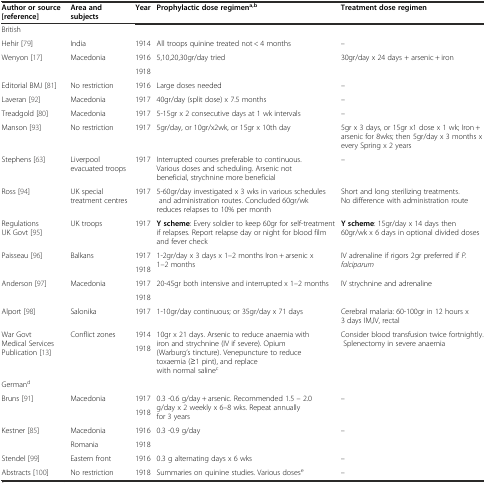
<table><thead><tr><td><b>Author or source [reference]</b></td><td><b>Area and subjects</b></td><td><b>Year</b></td><td><b>Prophylactic dose regimen<sup>a,b</sup></b></td><td><b>Treatment dose regimen</b></td></tr></thead><tbody><tr><td>British</td><td colspan="4"></td></tr><tr><td>Hehir [79]</td><td>India</td><td>1914</td><td>All troops quinine treated not &lt; 4 months</td><td>–</td></tr><tr><td rowspan="2">Wenyon [17]</td><td rowspan="2">Macedonia</td><td>1916</td><td rowspan="2">5,10,20,30gr/day tried</td><td rowspan="2">30gr/day x 24 days + arsenic + iron</td></tr><tr><td>1918</td></tr><tr><td>Editorial BMJ [81]</td><td>No restriction</td><td>1916</td><td>Large doses needed</td><td>–</td></tr><tr><td>Laveran [92]</td><td>Macedonia</td><td>1917</td><td>40gr/day (split dose) x 7.5 months</td><td>–</td></tr><tr><td>Treadgold [80]</td><td>Macedonia</td><td>1917</td><td>5-15gr x 2 consecutive days at 1 wk intervals</td><td>–</td></tr><tr><td>Manson [93]</td><td>No restriction</td><td>1917</td><td>5gr/day, or 10gr/x2wk, or 15gr x 10th day</td><td>5gr x 3 days, or 15gr x1 dose x 1 wk; Iron + arsenic for 8wks; then 5gr/day x 3 months x every Spring x 2 years</td></tr><tr><td>Stephens [63]</td><td>Liverpool evacuated troops</td><td>1917</td><td>Interrupted courses preferable to continuous. Various doses and scheduling. Arsenic not beneficial, strychnine more beneficial</td><td>–</td></tr><tr><td>Ross [94]</td><td>UK special treatment centres</td><td>1917</td><td>5-60gr/day investigated x 3 wks in various schedules and administration routes. Concluded 60gr/wk reduces relapses to 10% per month</td><td>Short and long sterilizing treatments. No difference with administration route</td></tr><tr><td>Regulations UK Govt [95]</td><td>UK troops</td><td>1917</td><td><b>Y scheme</b>: Every soldier to keep 60gr for self-treatment if relapses. Report relapse day or night for blood film and fever check</td><td><b>Y scheme</b>: 15gr/day x 14 days then 60gr/wk x 6 days in optional divided doses</td></tr><tr><td rowspan="2">Paisseau [96]</td><td rowspan="2">Balkans</td><td>1917</td><td rowspan="2">1-2gr/day x 3 days x 1–2 months Iron + arsenic x 1–2 months</td><td rowspan="2">IV adrenaline if rigors 2gr preferred if <i>P.falciparum</i></td></tr><tr><td>1918</td></tr><tr><td rowspan="2">Anderson [97]</td><td rowspan="2">Macedonia</td><td>1917</td><td rowspan="2">20-45gr both intensive and interrupted x 1–2 months</td><td rowspan="2">IV strychnine and adrenaline</td></tr><tr><td>1918</td></tr><tr><td>Alport [98]</td><td>Salonika</td><td>1917</td><td>1-10gr/day continuous; or 35gr/day x 71 days</td><td>Cerebral malaria: 60-100gr in 12 hours x 3 days IM,IV, rectal</td></tr><tr><td rowspan="2">War Govt Medical Services Publication [13]</td><td rowspan="2">Conflict zones</td><td>1914</td><td rowspan="2">10gr x 21 days. Arsenic to reduce anaemia with iron and strychnine (IV if severe). Opium (Warburg’s tincture). Venepuncture to reduce toxaemia (≥1 pint), and replace with normal saline<sup>c</sup></td><td rowspan="2">Consider blood transfusion twice fortnightly. Splenectomy in severe anaemia</td></tr><tr><td>1918</td></tr><tr><td>German<sup>d</sup></td><td colspan="4"></td></tr><tr><td rowspan="2">Bruns [91]</td><td rowspan="2">Macedonia</td><td>1917</td><td rowspan="2">0.3 -0.6 g/day + arsenic. Recommended 1.5 – 2.0 g/day x 2 weekly x 6–8 wks. Repeat annually for 3 years</td><td rowspan="2">–</td></tr><tr><td>1918</td></tr><tr><td rowspan="2">Kestner [85]</td><td>Macedonia</td><td>1916</td><td rowspan="2">0.3 -0.9 g/day</td><td rowspan="2">–</td></tr><tr><td>Romania</td><td>1918</td></tr><tr><td>Stendel [99]</td><td>Eastern front</td><td>1916</td><td>0.3 g alternating days x 6 wks</td><td>–</td></tr><tr><td>Abstracts [100]</td><td>No restriction</td><td>1918</td><td>Summaries on quinine studies. Various doses<sup>e</sup></td><td>–</td></tr></tbody></table>